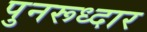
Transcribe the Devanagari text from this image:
पुनरूध्दार